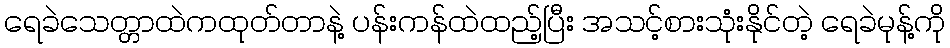
ရေခဲသေတ္တာထဲကထုတ်တာနဲ့ ပန်းကန်ထဲထည့်ပြီး အသင့်စားသုံးနိုင်တဲ့ ရေခဲမုန့်ကို